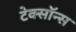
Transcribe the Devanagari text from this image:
टेक्सॉन्स